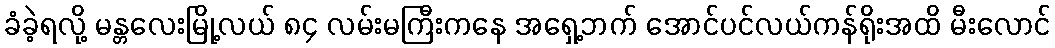
ခံခဲ့ရလို့ မန္တလေးမြို့လယ် ၈၄ လမ်းမကြီးကနေ အရှေ့ဘက် အောင်ပင်လယ်ကန်ရိုးအထိ မီးလောင်